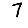
Digit: 7